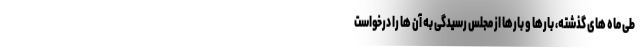
طی ماه های گذشته، بارها و بارها از مجلس رسیدگی به آن ها را درخواست